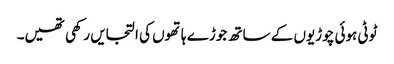
ٹوٹی ہوئی چوڑیوں کے ساتھ جوڑے ہاتھوں کی التجایں رکھی تھیں۔